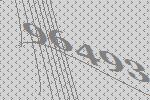
96493